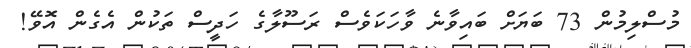
މުސްލިމުން 73 ބަޔަށް ބައިވާނެ ވާހަކަވެސް ރަސޫލާގެ ހަދީސް ތަކުން އެގެން އޮވޭ!